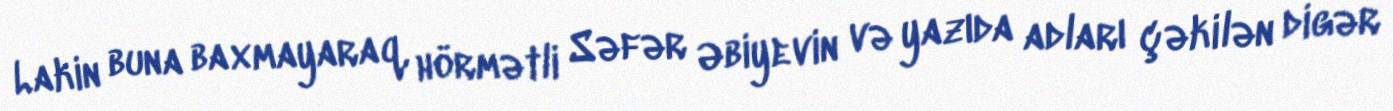
Lakin buna baxmayaraq, hörmətli Səfər Əbiyevin və yazıda adları çəkilən digər